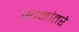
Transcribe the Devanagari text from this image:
स्वनांतरे